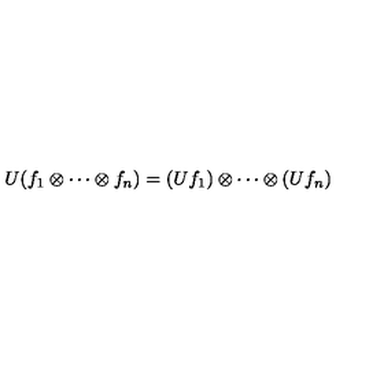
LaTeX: U ( f _ { 1 } \otimes \cdots \otimes f _ { n } ) = ( U f _ { 1 } ) \otimes \cdots \otimes ( U f _ { n } )